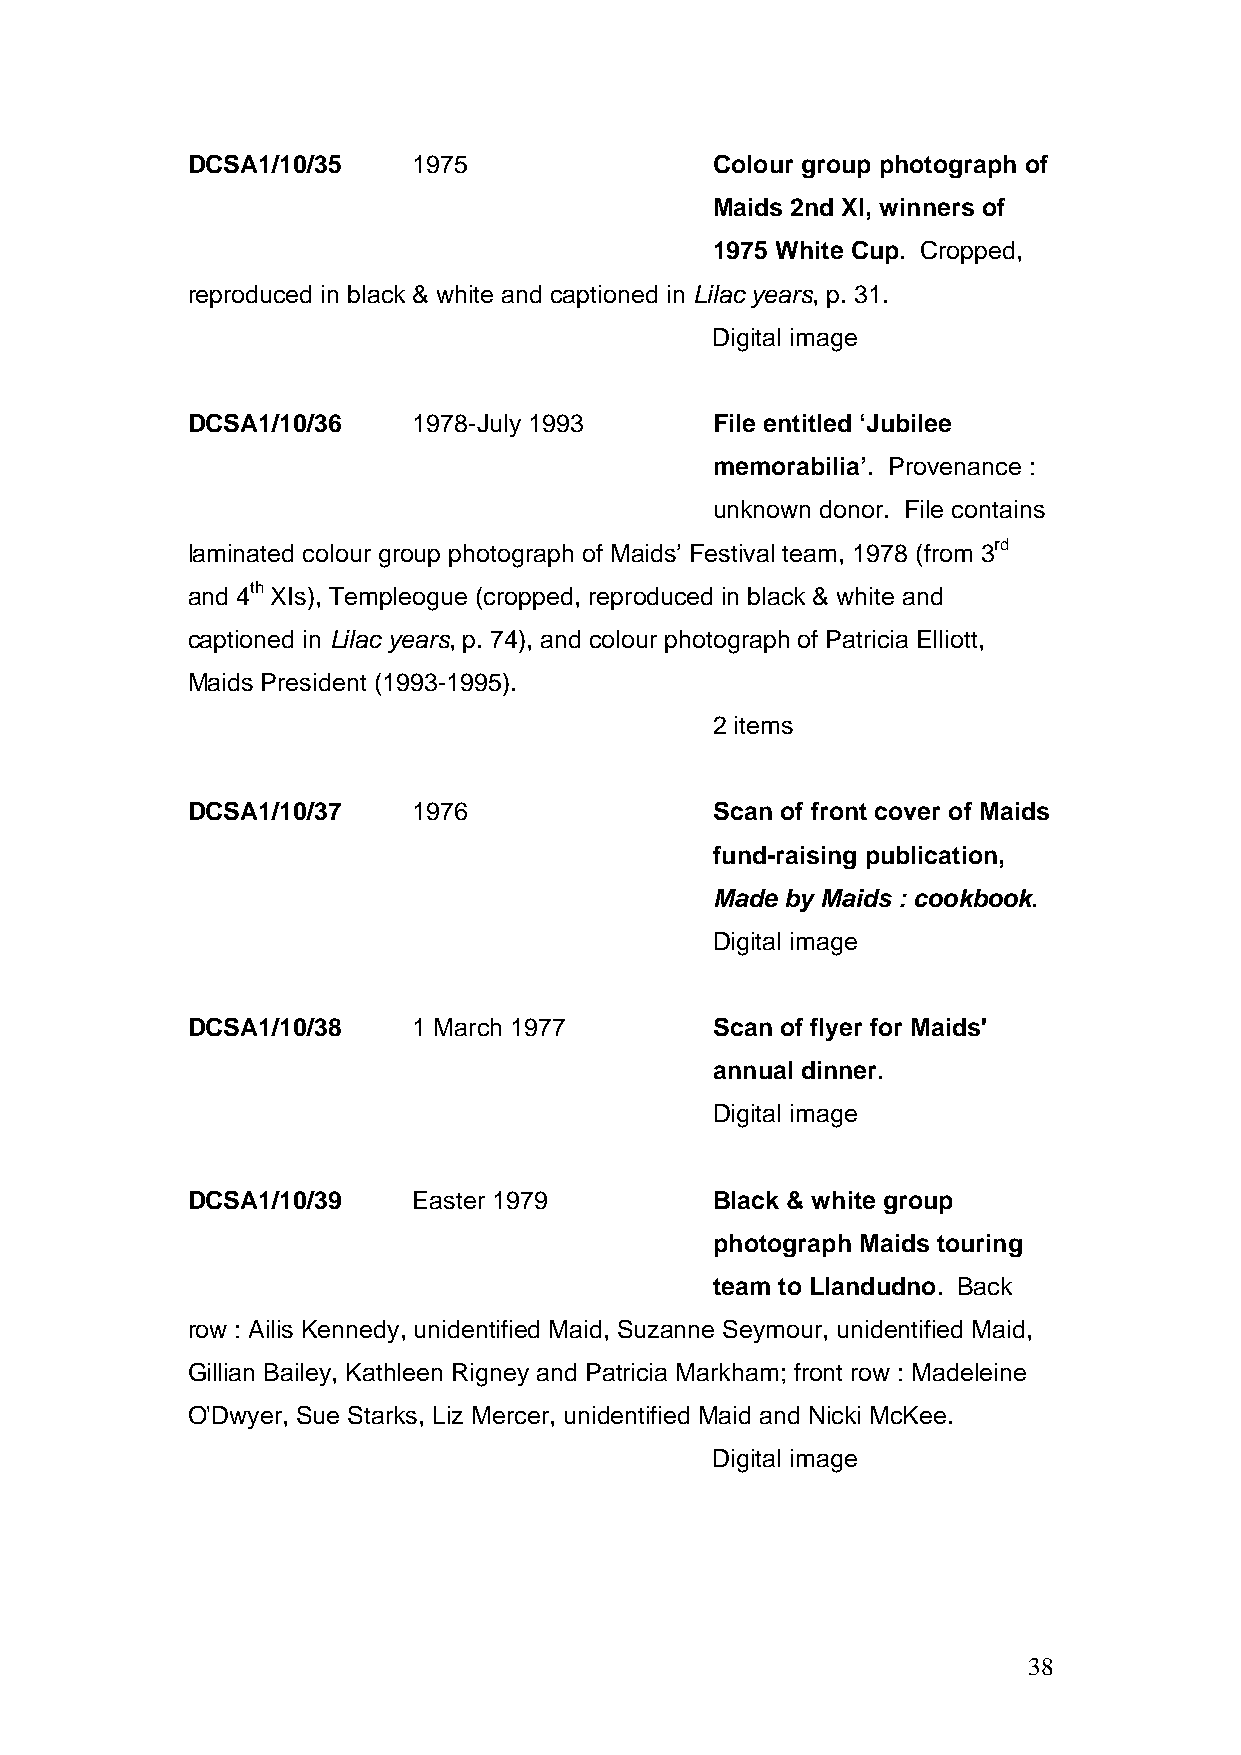
DCSA1/10/35    1975                Colour group photograph of
 Maids 2nd XI, winners of
 1975 White Cup. Cropped,
 reproduced in black & white and captioned in Lilac years, p. 31.
 Digital image
 DCSA1/10/36    1978-July 1993      File entitled ‘Jubilee
 memorabilia’. Provenance :
 unknown donor. File contains
 laminated colour group photograph of Maids’ Festival team, 1978 (from 3rd
 and 4th XIs), Templeogue (cropped, reproduced in black & white and
 captioned in Lilac years, p. 74), and colour photograph of Patricia Elliott,
 Maids President (1993-1995).
 2 items
 DCSA1/10/37    1976                Scan of front cover of Maids
 fund-raising publication,
 Made by Maids : cookbook.
 Digital image
 DCSA1/10/38    1 March 1977        Scan of flyer for Maids'
 annual dinner.
 Digital image
 DCSA1/10/39    Easter 1979         Black & white group
 photograph Maids touring
 team to Llandudno. Back
 row : Ailis Kennedy, unidentified Maid, Suzanne Seymour, unidentified Maid,
 Gillian Bailey, Kathleen Rigney and Patricia Markham; front row : Madeleine
 O'Dwyer, Sue Starks, Liz Mercer, unidentified Maid and Nicki McKee.
 Digital image
 38